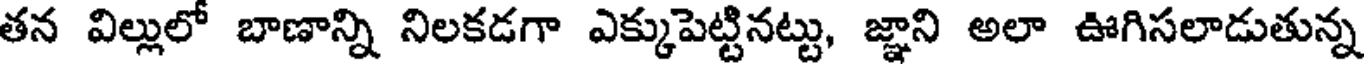
తన విల్లులో బాణాన్ని నిలకడగా ఎక్కుపెట్టినట్టు, జ్ఞాని అలా ఊగిసలాడుతున్న